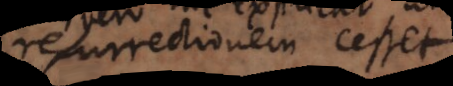
resurrectionem et